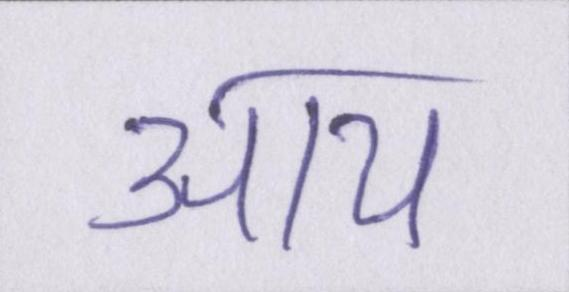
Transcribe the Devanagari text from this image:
आय